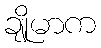
ချိုမာက